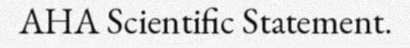
AHA Scientific Statement.